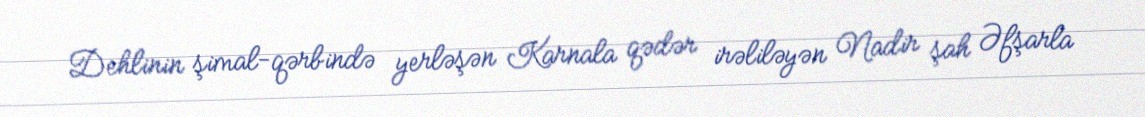
Dehlinin şimal-qərbində yerləşən Karnala qədər irəliləyən Nadir şah Əfşarla